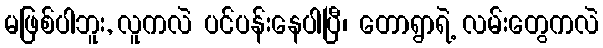
မဖြစ်ပါဘူး, လူကလဲ ပင်ပန်းနေပါပြီ၊ တောရွာရဲ့ လမ်းတွေကလဲ